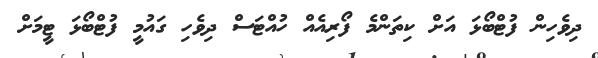
ދިވެހިން ފުޓްބޯޅަ އަށް ކިތަންމެ ފޯރިއެއް ހުއްޓަސް ދިވެހި ގައުމީ ފުޓްބޯޅަ ޓީމަށް